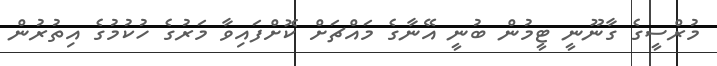
މުރްސީގެ ގާނޫނީ ޓީމުން ބުނީ އޭނާގެ މައްޗަށް ކޮށްފައިވާ މަރުގެ ހުކުމުގެ އިތުރުން